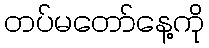
တပ်မတော်နေ့ကို